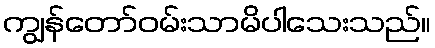
ကျွန်တော်ဝမ်းသာမိပါသေးသည်။